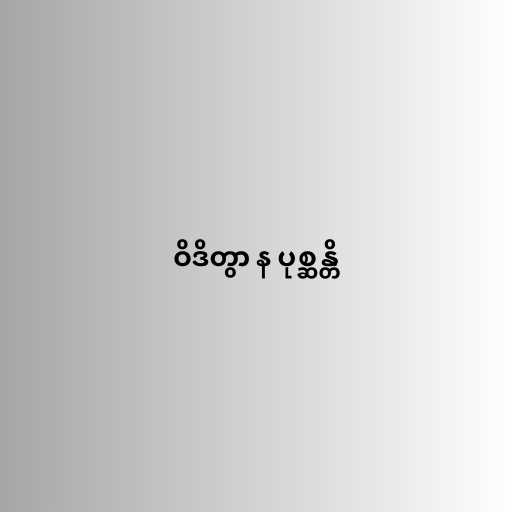
ဝိဒိတွာ န ပုစ္ဆန္တိ